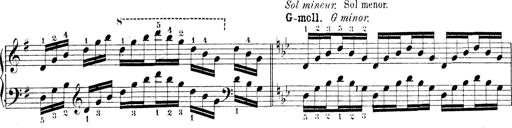
Title: Technische Studien
Composer: Franz Liszt